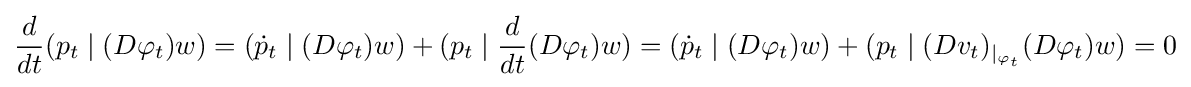
{\frac {d}{dt}}(p_{t}\mid (D\varphi _{t})w)=({\dot {p}}_{t}\mid (D\varphi _{t})w)+(p_{t}\mid {\frac {d}{dt}}(D\varphi _{t})w)=({\dot {p}}_{t}\mid (D\varphi _{t})w)+(p_{t}\mid (Dv_{t})_{|_{\varphi _{t}}}(D\varphi _{t})w)=0